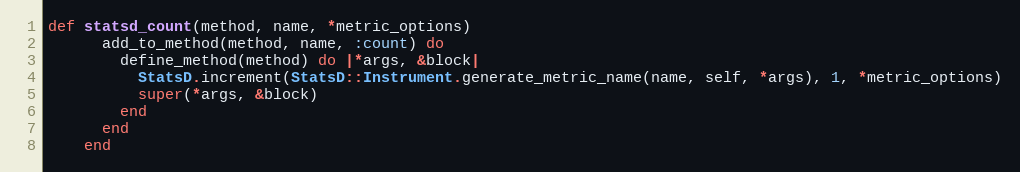
Language: Ruby
def statsd_count(method, name, *metric_options)
      add_to_method(method, name, :count) do
        define_method(method) do |*args, &block|
          StatsD.increment(StatsD::Instrument.generate_metric_name(name, self, *args), 1, *metric_options)
          super(*args, &block)
        end
      end
    end